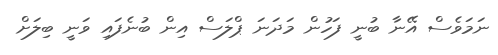
ނަމަވެސް އޭނާ ބުނީ ފަހުން މަދަނަ ޕްލަސް އިން ބުނެފައި ވަނީ ބިލަށް